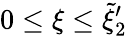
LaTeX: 0\le\xi\le\tilde{\xi}_{2}^{\prime}